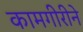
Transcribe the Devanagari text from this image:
कामगीरीने